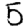
Digit: 5